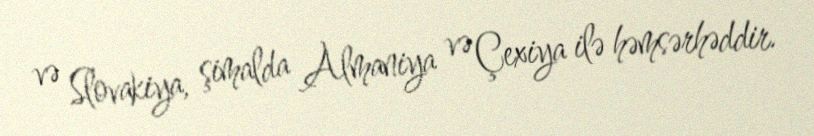
və Slovakiya, şimalda Almaniya və Çexiya ilə həmsərhəddir.